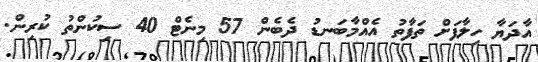
އާދަޔާ ހިލާފަށް ތަފާތު އެއްމާބަނޑު ދެބެން 57 މިނެޓް 40 ސިކުންތު ކުރިން.